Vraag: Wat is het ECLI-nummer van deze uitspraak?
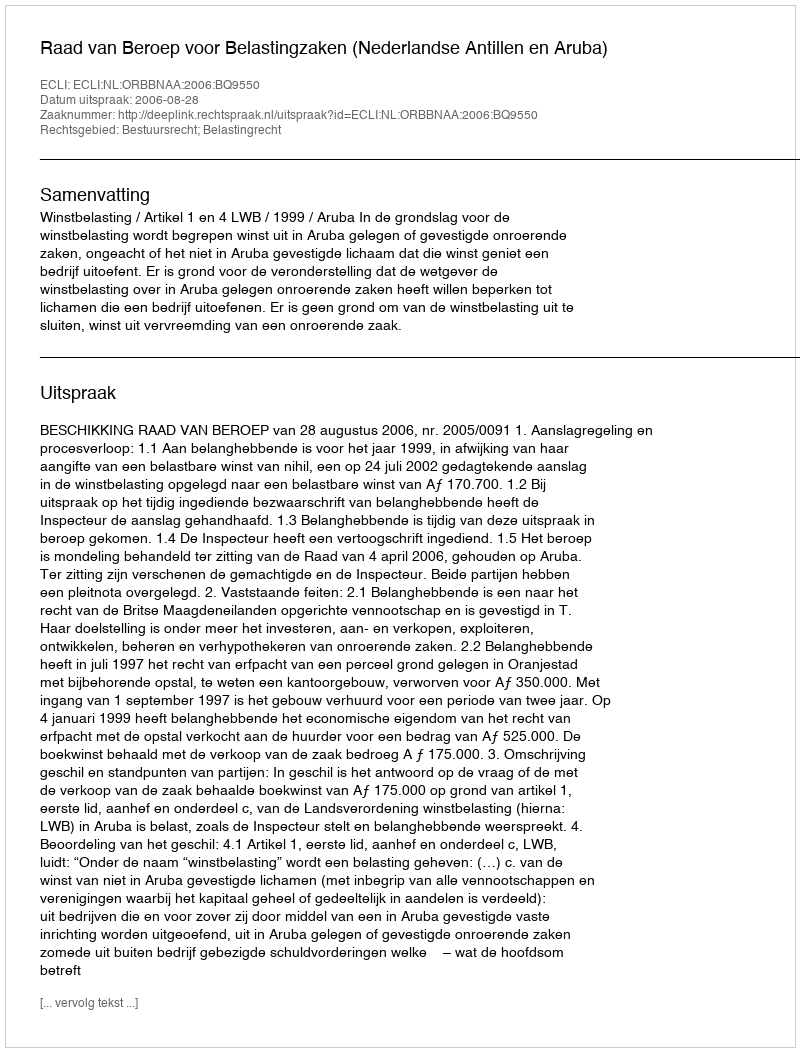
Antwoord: ECLI:NL:ORBBNAA:2006:BQ9550